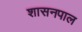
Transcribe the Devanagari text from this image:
शासनपाल